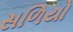
સળિયો